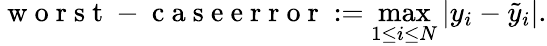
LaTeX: \mathrm{~w~o~r~s~t~-~c~a~s~e~e~r~r~o~r~}:=\operatorname*{max}_{1\leq i\leq N}|y_{i}-\tilde{y}_{i}|.